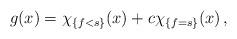
LaTeX: \begin{align*} g(x)=\chi_{\{f<s\}}(x)+c\chi_{\{f=s\}}(x)\,,\end{align*}